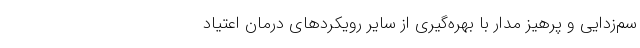
سم‌زدایی و پرهیز مدار با بهره‌گیری از سایر رویکردهای درمان اعتیاد